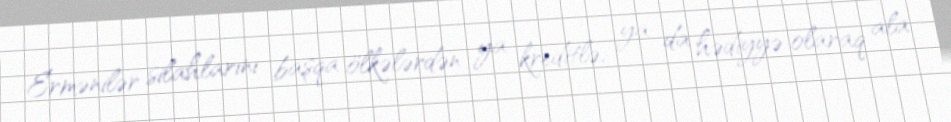
Ermənilər silahlarını başqa ölkələrdən ya kreditlə, ya da hədiyyə olaraq ala